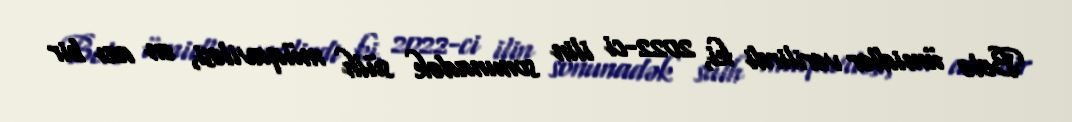
Belə ümidlər verilirdi ki, 2022-ci ilin sonunadək sülh müqaviləsi, ən azı bir